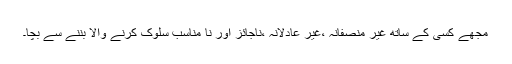
مجھے کسی کے ساتھ غیر منصفانہ ،غیر عادلانہ ،ناجائز اور نا مناسب سلوک کرنے والا بننے سے بچا۔